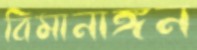
বিমানাঙ্গন